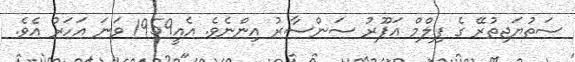
ސަތުޔަޖިތުރޭ ގެ ފިލްމް އަޕޫރު ސަންސާރު އިންނެވެ. އެއީ1959 ވަނަ އަހަރު އެވެ.